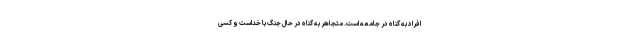
افراد به گناه در جامعه است. متجاهر به گناه در حال جنگ با خداست و کسی